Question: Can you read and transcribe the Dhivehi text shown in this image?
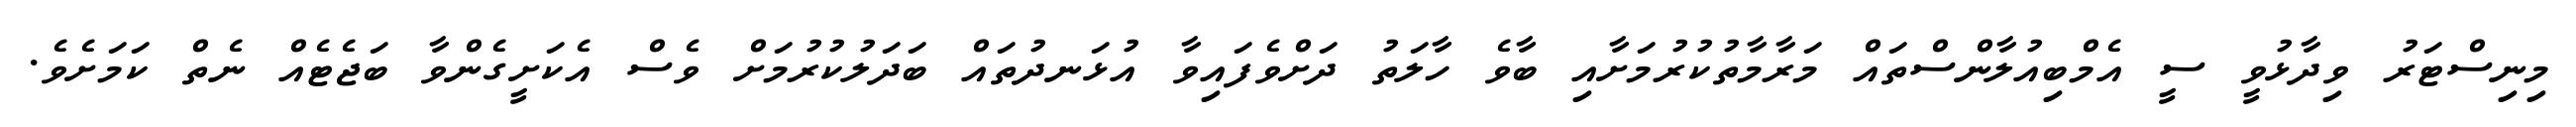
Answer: މިނިސްޓަރު ވިދާޅުވީ ސީ އެމްބިއުލާންސްތައް މަރާމާތުކުރުމަށާއި ބާވެ ހާލަތު ދަށްވެފައިވާ އުޅަނދުތައް ބަދަލުކުރުމަށް ވެސް އެކަށީގެންވާ ބަޖެޓެއް ނެތް ކަމަށެވެ.